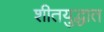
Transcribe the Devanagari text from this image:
शीतयुद्धात